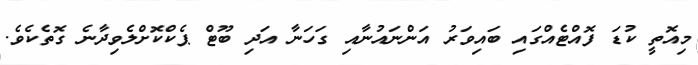
މިއޮތީ ކުޑަ ފޮއްޓެއްގައި ބައިވަރު އަންނައުނާއި ގަހަނާ އަދި ބޫޓް ޕެކްކޮށްލެވިދާނެ ގޮތެކެވެ.